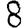
Digit: 8